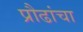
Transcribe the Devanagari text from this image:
प्रौढांचा